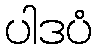
ပါဒပံ